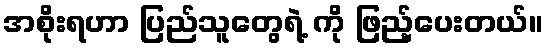
အစိုးရဟာ ပြည်သူတွေရဲ့ ကို ဖြည့်ပေးတယ်။